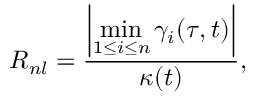
R _ { n l } = \frac { \displaystyle \left| \operatorname* { m i n } _ { 1 \leq i \leq n } \gamma _ { i } ( \tau , t ) \right| } { \kappa ( t ) } ,